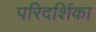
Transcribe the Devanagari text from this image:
परिदर्शिका